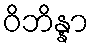
ဝိဘိန္နာ